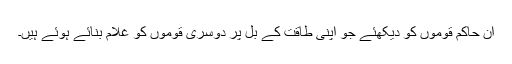
ان حاکم قوموں کو دیکھئے جو اپنی طاقت کے بل پر دوسری قوموں کو غلام بنائے ہوئے ہیں۔